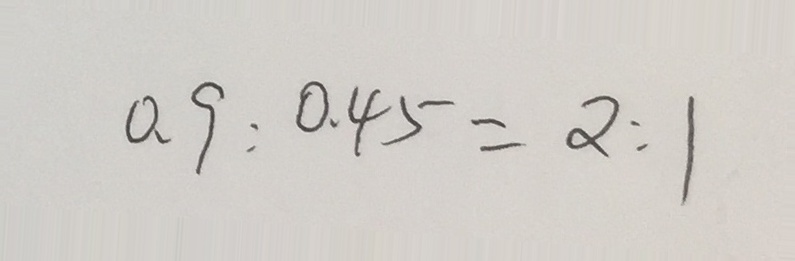
0 . 9 : 0 . 4 5 = 2 : 1